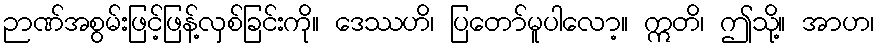
ဉာဏ်အစွမ်းဖြင့်ဖြန့်လှစ်ခြင်းကို။ ဒေဿဟိ၊ ပြတော်မူပါလော့။ ဣတိ၊ ဤသို့။ အာဟ၊